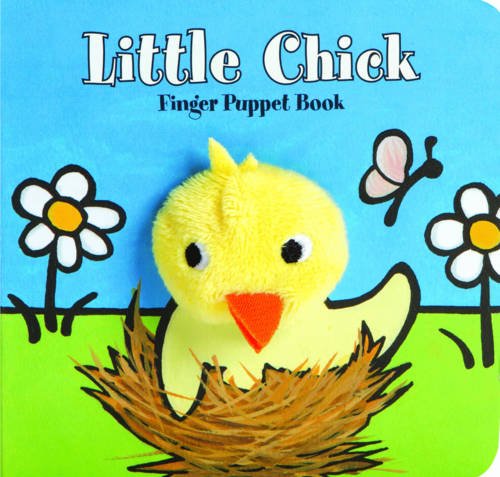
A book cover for Little Chick: Finger Puppet Book; ImageBooks; Children's Books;